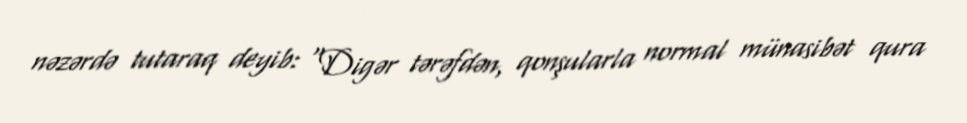
nəzərdə tutaraq deyib: “Digər tərəfdən, qonşularla normal münasibət qura